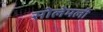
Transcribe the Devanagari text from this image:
सोलेमली